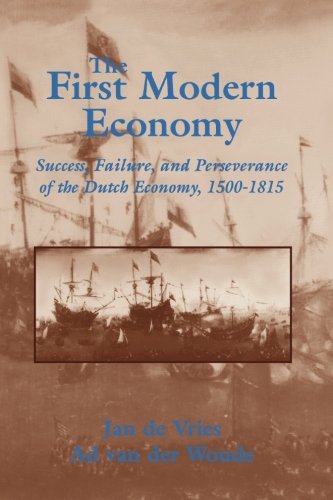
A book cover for The First Modern Economy: Success, Failure, and Perseverance of the Dutch Economy, 1500-1815; Jan de Vries; History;